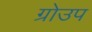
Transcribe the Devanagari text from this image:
ग्रोउप